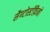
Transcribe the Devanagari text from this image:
सैण्टोस्टीफ़ैनो